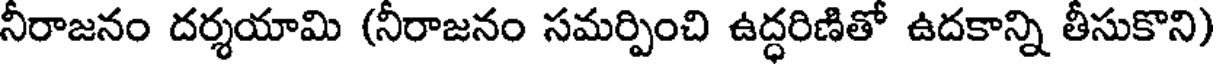
నీరాజనం దర్శయామి (నీరాజనం సమర్పించి ఉద్ధరిణితో ఉదకాన్ని తీసుకొని)